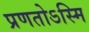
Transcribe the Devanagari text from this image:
प्रणतोऽस्मि